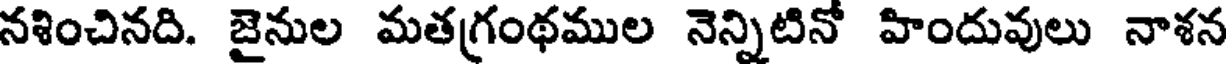
నశించినది. జైనుల మతగ్రంథముల నెన్నిటినో హిందువులు నాశన